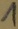
Text: 1